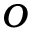
o